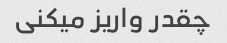
چقدر واریز میکنی